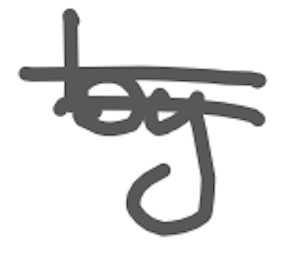
Text: by
Cross-out: double-line
Writing tool: digital_gray